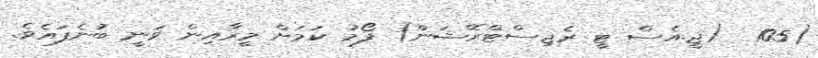
(105  (ޖީ.އެސް ޓީ ރެޖިސްޓްރޭޝަން) ފޯމު ކަމަށް މީރާއިން ވަނީ ބުނެފައެވެ.